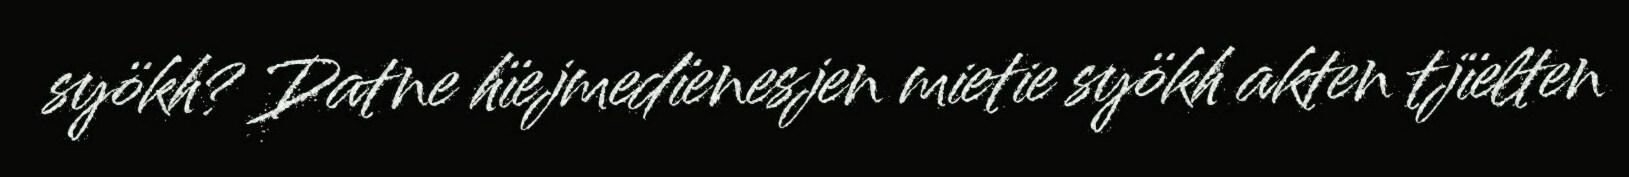
syökh? Datne hïejmedïenesjen mietie syökh akten tjïelten